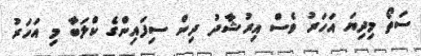
ސަތޯ މިދިޔަ އަހަރު ވެސް އިރުޝާދު ދިން ސިފައިންގެ ކްލަބާ މި އަހަރު